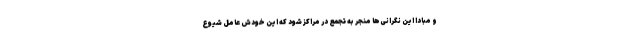
و مبادا این نگرانی‌ها منجر به تجمع در مراکز شود که این خودش عامل شیوع